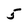
Character: 5